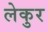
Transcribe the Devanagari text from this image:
लेकुर